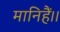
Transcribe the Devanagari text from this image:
मानिहैं।।